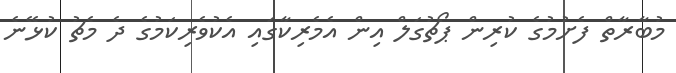
މުބާރާތް ފެށުމުގެ ކުރިން ޕޯޗުގަލް އިން އެމެރިކާގައި އެކުވެރިކަމުގެ ދެ މެޗު ކުޅޭނެ